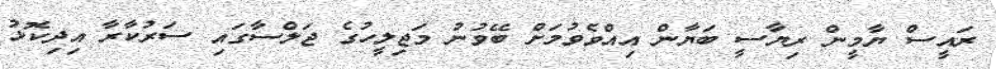
ރައީސް ޔާމީން ރިޔާސީ ބަޔާން އިއްވެވުމަށް ބޭވުނު މަޖިލީހުގެ ޖަލްސާގައި ސަރުކާރާ އިދިކޮޅު